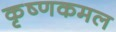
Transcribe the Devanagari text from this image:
कृष्णकमल